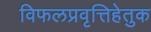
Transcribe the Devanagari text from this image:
विफलप्रवृत्तिहेतुक